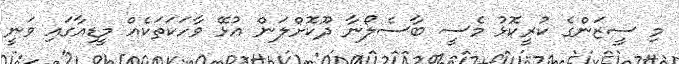
މި ސީޒަންގެ ކުރީކޮޅު މެސީ ބާސެލޯނާ ދޫކޮށްލަން އުޅޭ ވާހަކަތަކެއް މީޑިއާގައި ވަނީ